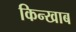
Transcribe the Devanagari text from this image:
किन्खाब